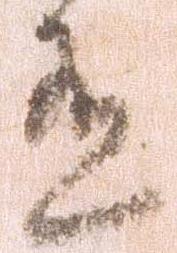
有